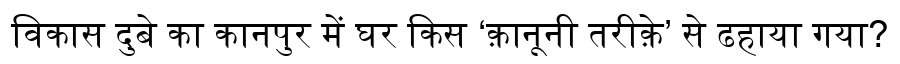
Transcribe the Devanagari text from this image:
विकास दुबे का कानपुर में घर किस ‘क़ानूनी तरीक़े’ से ढहाया गया?